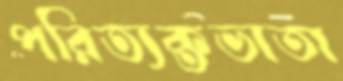
পরিত্যক্তভাতা